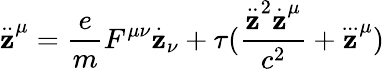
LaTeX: \stackrel{..}{\mathbf{z}}^{\mu}=\frac{{e}}{{m}}F^{\mu\nu}\stackrel{.}{\mathbf{z}}_{\nu}+\tau(\frac{{\stackrel{..}{\mathbf{z}}^{2}\stackrel{.}{\mathbf{z}}^{\mu}}}{{c^{2}}}+\stackrel{...}{\mathbf{z}}^{\mu})